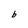
Character: b